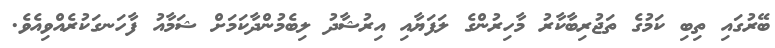
ބޭރުގައި ތިބި ކަމުގެ ތަޖުރިބާކާރު މާހިރުންގެ ލަފަޔާއި އިރުޝާދު ލިބެމުންދާކަމަށް ޝަމާއު ފާހަނގަކުރެއްވިއެވެ.